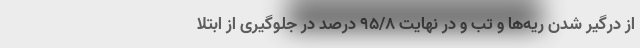
از درگیر شدن ریه‌ها و تب و در نهایت ۹۵/۸ درصد در جلوگیری از ابتلا